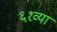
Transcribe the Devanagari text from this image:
६१व्या